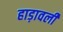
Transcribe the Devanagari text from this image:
हाड़ावली